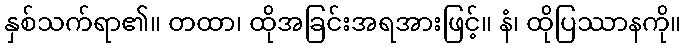
နှစ်သက်ရာ၏။ တထာ၊ ထိုအခြင်းအရအားဖြင့်။ နံ၊ ထိုပြဿာနကို။